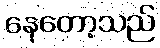
နေတော့သည်